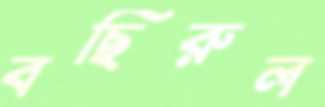
বছিরুল